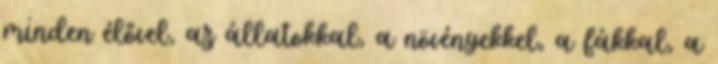
minden élővel, az állatokkal, a növényekkel, a fákkal, a